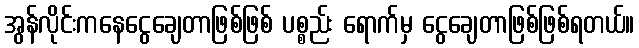
အွန်လိုင်းကနေငွေချေတာဖြစ်ဖြစ် ပစ္စည်း ရောက်မှ ငွေချေတာဖြစ်ဖြစ်ရတယ်။